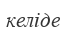
келіде